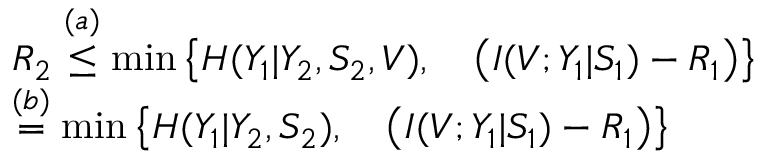
\begin{array} { r l } & { R _ { 2 } \overset { ( a ) } { \leq } \operatorname* { m i n } \big \{ H ( Y _ { 1 } | Y _ { 2 } , S _ { 2 } , V ) , \quad \big ( I ( V ; Y _ { 1 } | S _ { 1 } ) - R _ { 1 } \big ) \big \} } \\ & { \overset { ( b ) } { = } \operatorname* { m i n } \big \{ H ( Y _ { 1 } | Y _ { 2 } , S _ { 2 } ) , \quad \big ( I ( V ; Y _ { 1 } | S _ { 1 } ) - R _ { 1 } \big ) \big \} } \end{array}